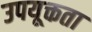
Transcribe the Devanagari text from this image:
उपयूक्तता